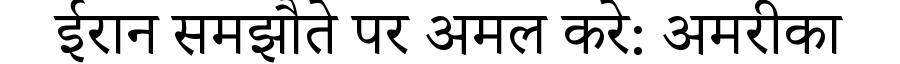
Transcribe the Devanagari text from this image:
ईरान समझौते पर अमल करे: अमरीका